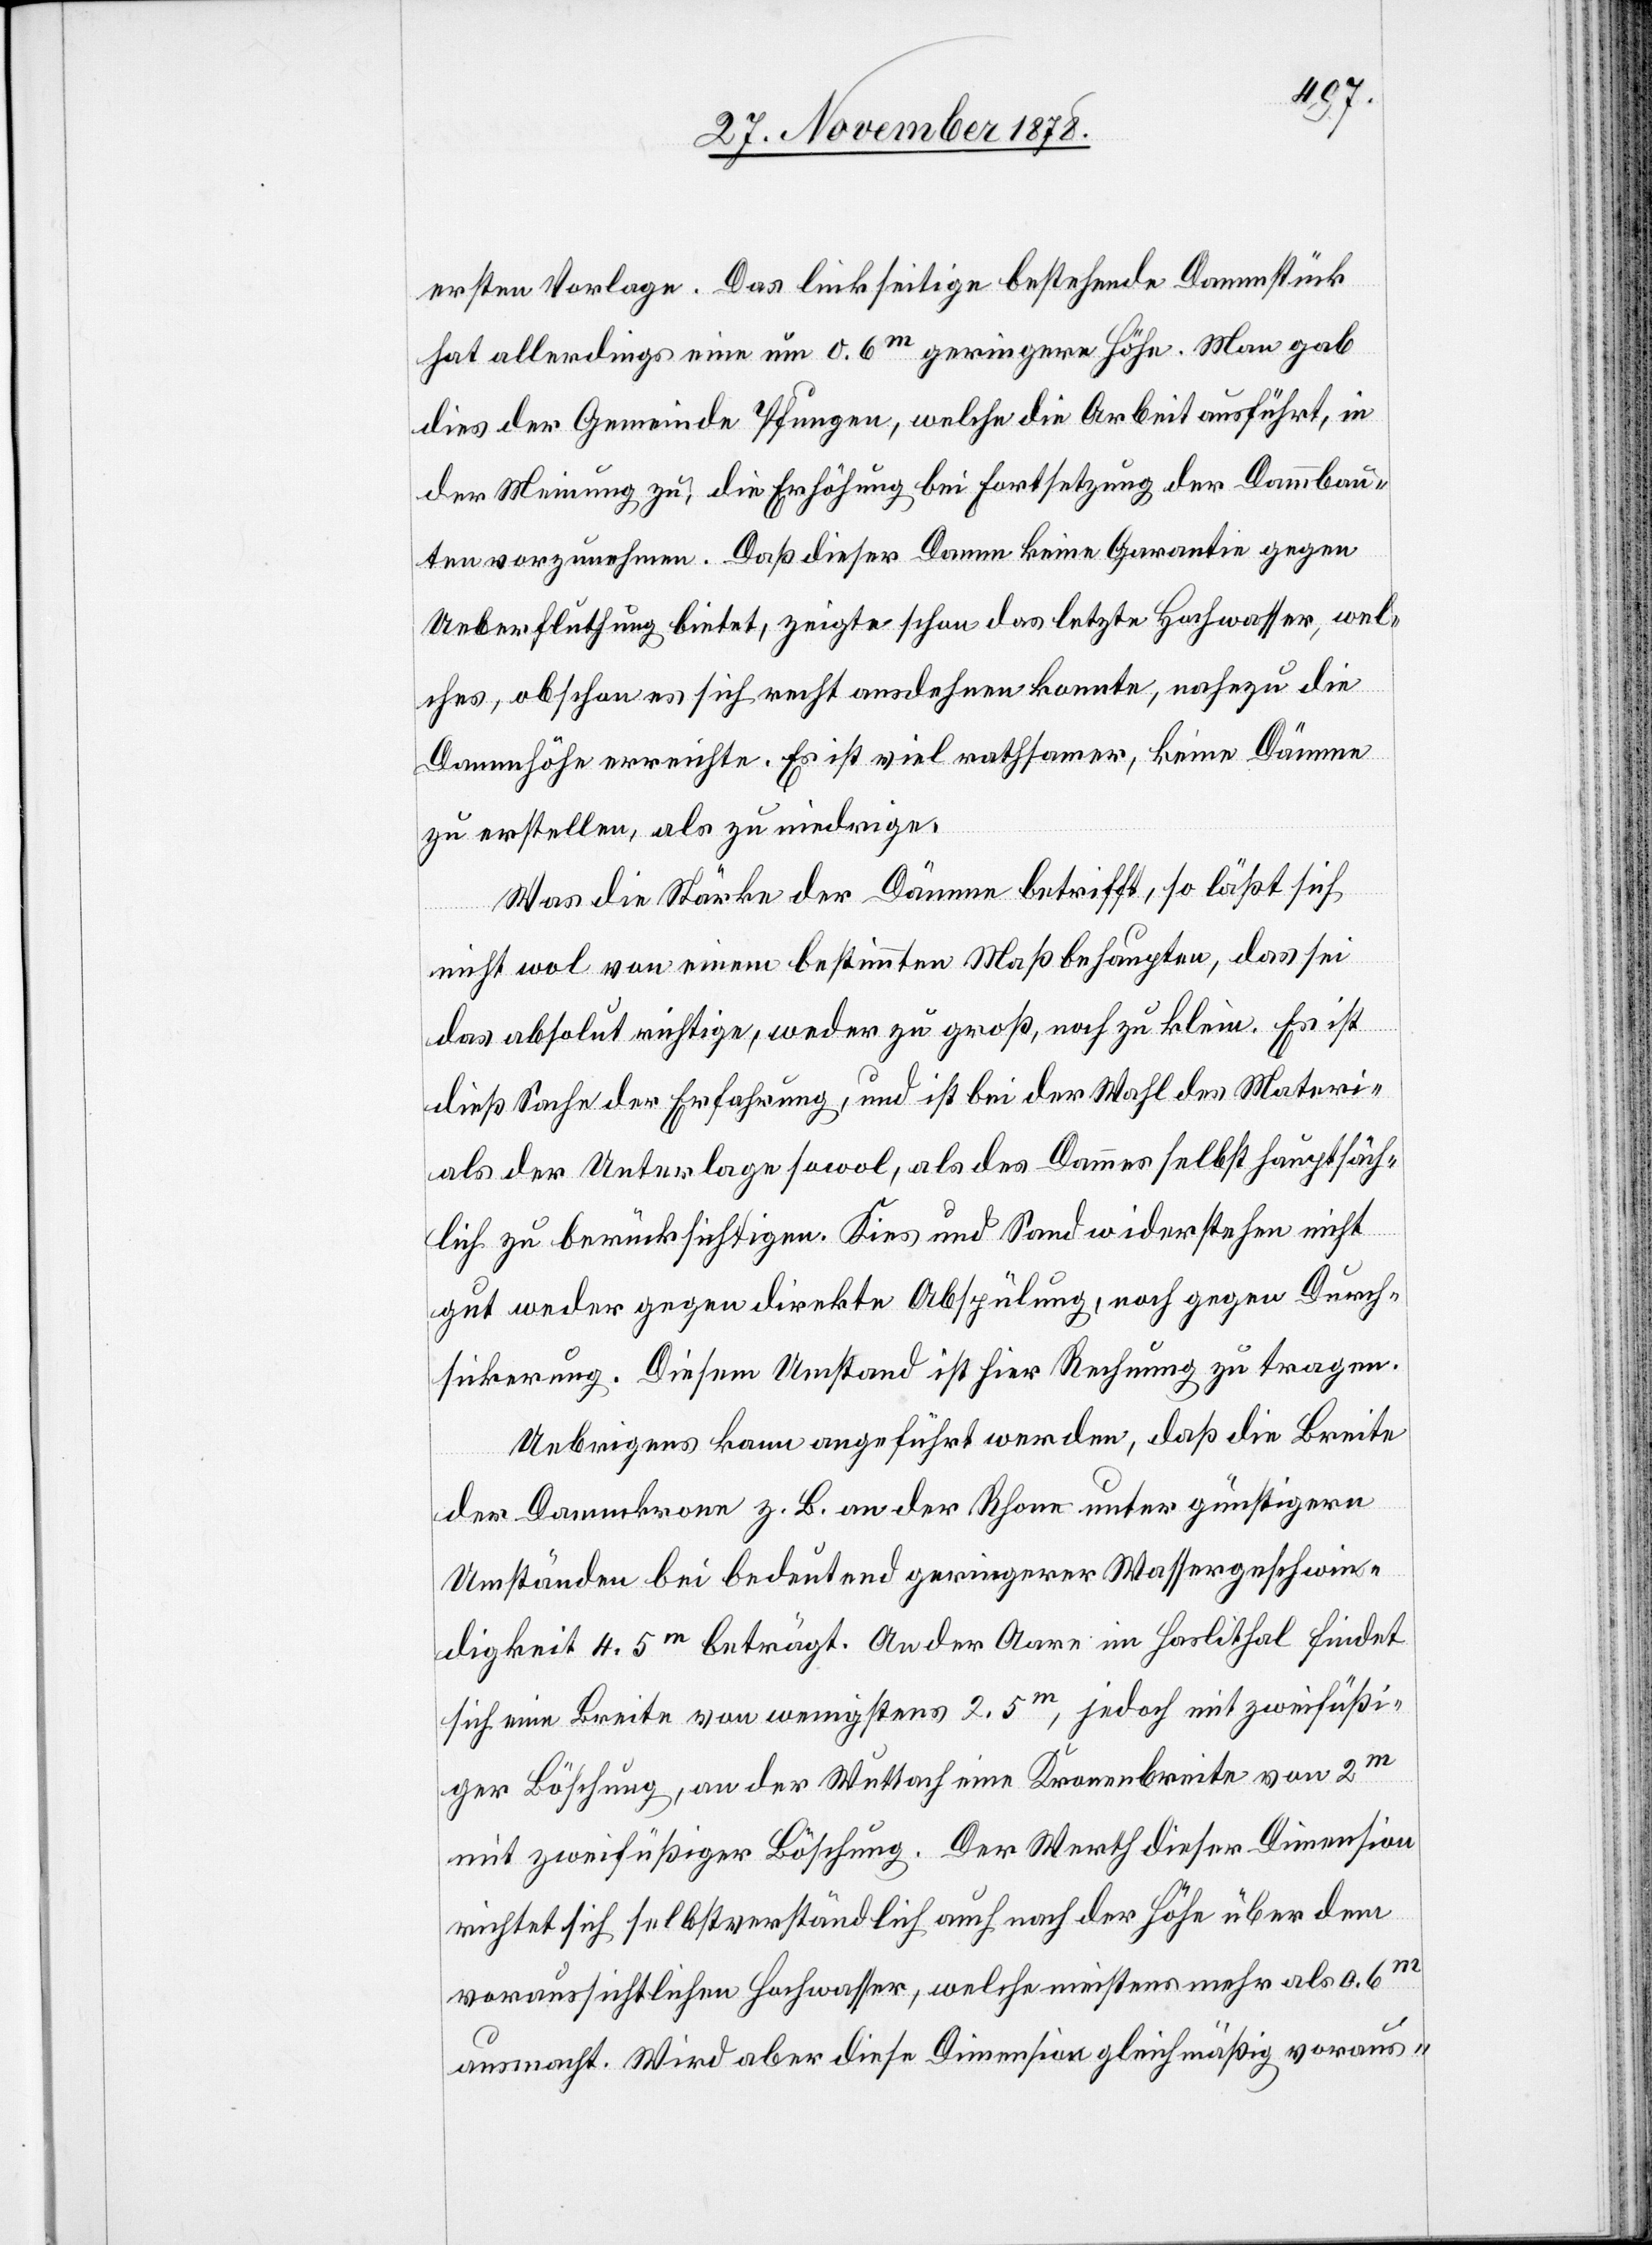
ersten Vorlage. Das linkseitige bestehende Dammstück
hat allerdings eine um 0.6m geringere Höhe. Man gab
dies der Gemeinde Pfungen, welche die Arbeit ausführt, in
der Meinung zu, die Erhöhung bei Fortsetzung der Dammbau¬
ten vorzunehmen. Daß dieser Damm keine Garantie gegen
Ueberflutung bietet, zeigte schon das letzte Hochwasser, wel¬
ches, obschon es sich recht ausdehnen konnte, nahezu die
Dammhöhe erreichte. Es ist viel rathsamer, keine Dämme
zu erstellen, als zu niedrige.
Was die Stärke der Dämme betrifft, so läßt sich
nicht wol von einem bestimmten Maß behaupten, das sei
das absolut richtige, weder zu groß, noch zu klein. Es ist
dieß Sache der Erfahrung, und ist bei der Wahl des Materi¬
als der Unterlage sowol, als des Dammes selbst hauptsäch¬
lich zu berücksichtigen. Kies und Sand widerstehen nicht
gut weder gegen direkte Abspülung, noch gegen Durch¬
sickerung. Diesem Umstand ist hier Rechnung zu tragen.
Uebrigens kann angeführt werden, daß die Breite
der Dammkrone z. B. an der Rhone unter günstigern
Umständen bei bedeutend geringerer Wassergeschwin¬
digkeit 4.5m beträgt. An der Aare im Haslithal findet
sich eine Breite von wenigstens 2.5m, jedoch mit zweifüßi¬
ger Böschung, an der Wuttach eine Kronenbreite von 2m
mit zweifüßiger Böschung. Der Werth dieser Dimension
richtet sich selbstverständlich auch nach der Höhe über dem
voraussichtlichen Hochwasser, welche meistens mehr als 0.6m
ausmacht. Wird aber diese Dimension gleichmäßig voraus-